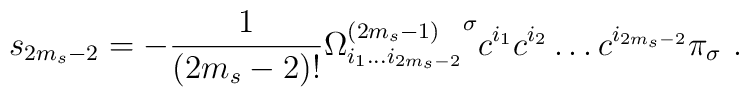
s_{2m_s-2} = -\frac{1}{(2m_s-2)!} {\Omega^{(2m_s-1)}_{i_1 \ldots i_{2m_s-2}}}^\sigma  c^{i_1} c^{i_2} \ldots c^{i_{2m_s-2}} \pi_{\sigma}\, \, .